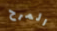
المرح